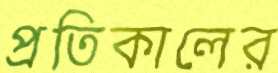
প্রতিকালের